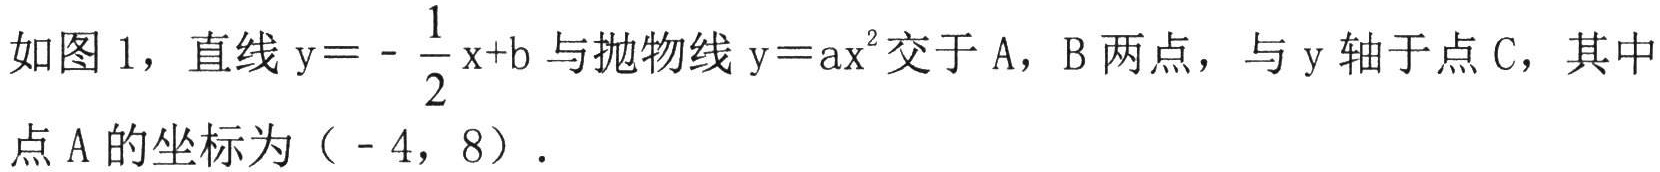
如图 1，直线 \(y = -\frac{1}{2}x + b\) 与抛物线 \(y = ax^{2}\) 交于 A，B 两点，与 y 轴于点 C，其中点 A 的坐标为（- 4，8）.